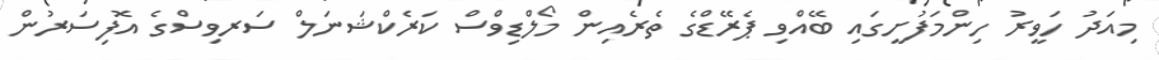
މިއަދު ހަވީރު ހިންމަފުށީގައި ބޭއްވި ޕެރޭޑްގެ ތެރެއިން މޯލްޑިވްސް ކަރެކްޝަނަލް ސަރވިސްގެ އޮފިސަރުން